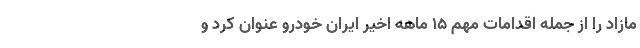
مازاد را از جمله اقدامات مهم ۱۵ ماهه اخیر ایران خودرو عنوان کرد و